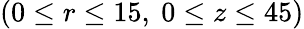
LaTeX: (0\leq r\leq 15,~0\leq z\leq 45)